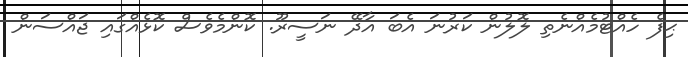
ޙިފެ ހެއްޓުމެއްނެތި ލޮލުން ކަރުނަ އެބަ އާދޭ ނަސީރޫ. ކޮންމެވެސް ކޮޅެއްގައި ޖައްސަން